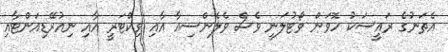
އެތަނުގެ ރައީސަކު ހޮވަން ވޯޓުލަނީ ވެސް ވެލެންސިއާ އާއި ވިކްޓަރީ އާއި ނިއުރޭޑިއަންޓާއި